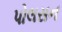
પોલસન